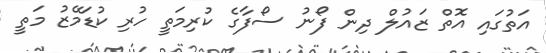
އަތުގައި އޮތް ޒައުލް ދިން ފޯނު ސޯފާގެ ކުރިމަތީ ހުރި ކުޑަމޭޒު މަތީ